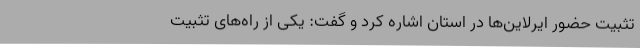
تثبیت حضور ایرلاین‌ها در استان اشاره کرد و گفت: یکی از راه‌های تثبیت